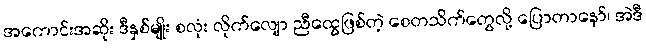
အကောင်းအဆိုး ဒီနှစ်မျိုး စလုံး လိုက်လျော ညီထွေဖြစ်တဲ့ စေတသိက်တွေလို့ ပြောတာနော်၊ အဲဒီ